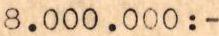
8.000.000:-